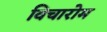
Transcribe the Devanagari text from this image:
विचारोम